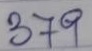
379